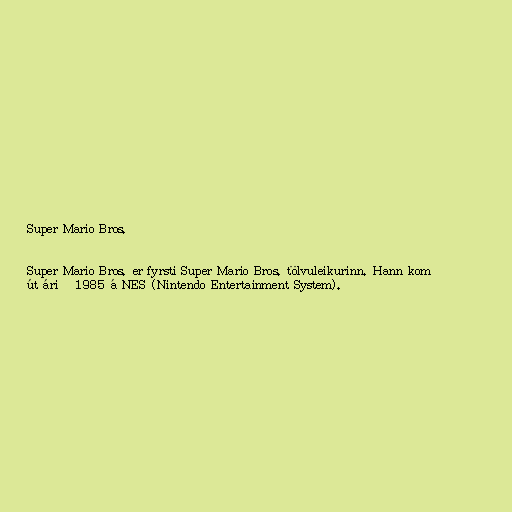
Super Mario Bros.

Super Mario Bros. er fyrsti Super Mario Bros. tölvuleikurinn. Hann kom
út árið 1985 á NES (Nintendo Entertainment System).